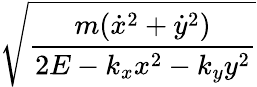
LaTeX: \sqrt{\frac{m(\dot{x}^{2}+\dot{y}^{2})}{2E-k_{x}x^{2}-k_{y}y^{2}}}